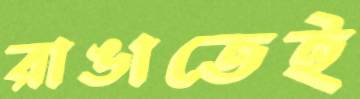
রাঙাতেই